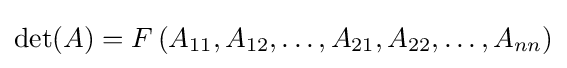
\det(A)=F\,(A_{11},A_{12},\ldots ,A_{21},A_{22},\ldots ,A_{nn})